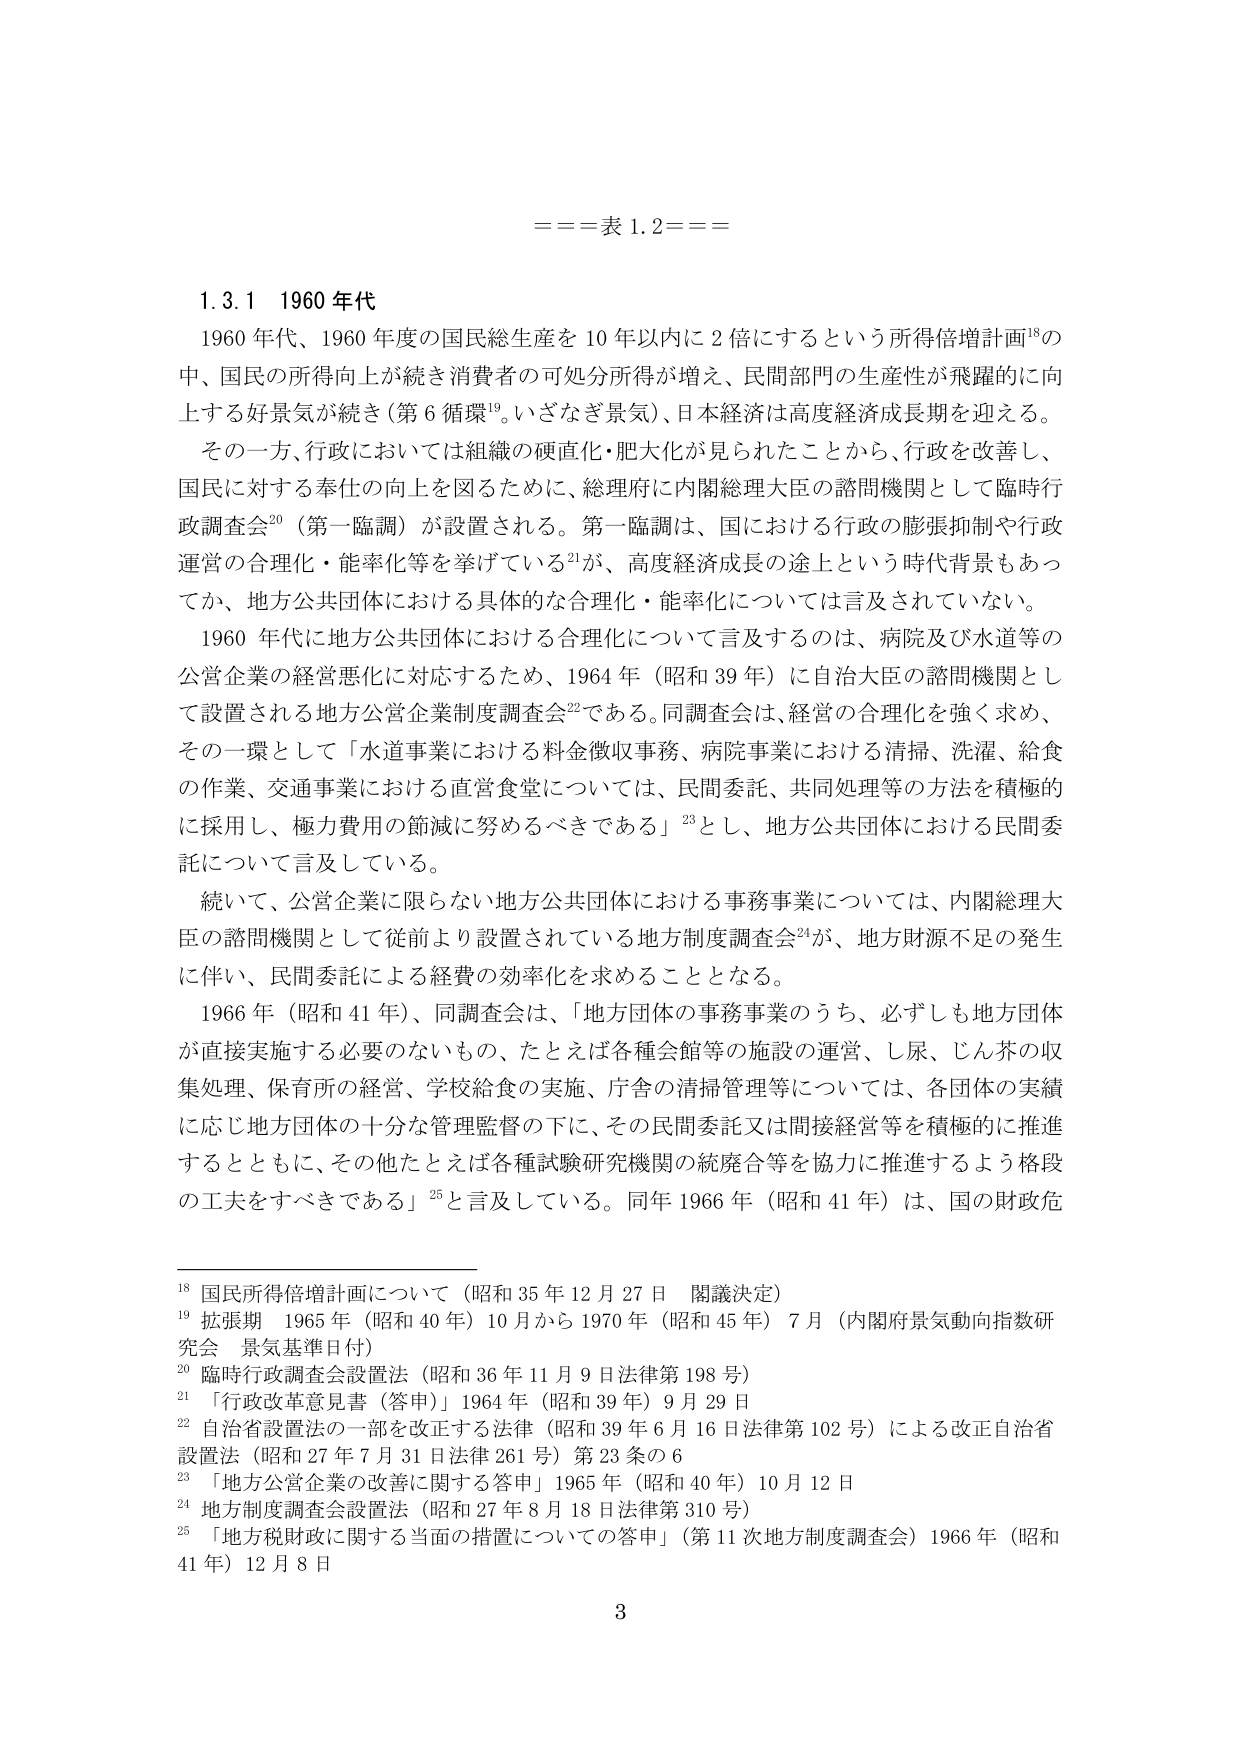
===表 1.2===

1.3.1 1960 年代

1960 年代、1960 年度の国民総生産を 10 年以内に 2 倍にするという所得倍増計画¹⁸の中、国民の所得向上が続き消費者の可処分所得が増え、民間部門の生産性が飛躍的に向上する好景気が続き（第 6 循環¹⁹。いざなぎ景気）、日本経済は高度経済成長期を迎える。

その一方、行政においては組織の硬直化・肥大化が見られたことから、行政を改善し、国民に対する奉仕の向上を図るために、総理府に内閣総理大臣の諮問機関として臨時行政調査会²⁰（第一臨調）が設置される。第一臨調は、国における行政の膨張抑制や行政運営の合理化・能率化等を挙げている²¹が、高度経済成長の途上という時代背景もあってか、地方公共団体における具体的な合理化・能率化については言及されていない。

1960 年代に地方公共団体における合理化について言及するのは、病院及び水道等の公営企業の経営悪化に対応するため、1964 年（昭和 39 年）に自治大臣の諮問機関として設置される地方公営企業制度調査会²²である。同調査会は、経営の合理化を強く求め、その一環として「水道事業における料金徴収事務、病院事業における清掃、洗濯、給食の作業、交通事業における直営食堂については、民間委託、共同処理等の方法を積極的に採用し、極力費用の節減に努めるべきである」²³とし、地方公共団体における民間委託について言及している。

続いて、公営企業に限らない地方公共団体における事務事業については、内閣総理大臣の諮問機関として従前より設置されている地方制度調査会²⁴が、地方財源不足の発生に伴い、民間委託による経費の効率化を求めることとなる。

1966 年（昭和 41 年）、同調査会は、「地方団体の事務事業のうち、必ずしも地方団体が直接実施する必要のないもの、たとえば各種会館等の施設の運営、し尿、じん芥の収集処理、保育所の経営、学校給食の実施、庁舎の清掃管理等については、各団体の実績に応じ地方団体の十分な管理監督の下に、その民間委託又は間接経営等を積極的に推進するとともに、その他たとえば各種試験研究機関の統廃合等を協力に推進するよう格段の工夫をすべきである」²⁵と言及している。同年 1966 年（昭和 41 年）は、国の財政危

¹⁸ 国民所得倍増計画について（昭和 35 年 12 月 27 日 閣議決定）
¹⁹ 拡張期 1965 年（昭和 40 年）10 月から 1970 年（昭和 45 年）7 月（内閣府景気動向指数研究会 景気基準日付）
²⁰ 臨時行政調査会設置法（昭和 36 年 11 月 9 日法律第 198 号）
²¹ 「行政改革意見書（答申）」1964 年（昭和 39 年）9 月 29 日
²² 自治省設置法の一部を改正する法律（昭和 39 年 6 月 16 日法律第 102 号）による改正自治省設置法（昭和 27 年 7 月 31 日法律 261 号）第 23 条の 6
²³ 「地方公営企業の改善に関する答申」1965 年（昭和 40 年）10 月 12 日
²⁴ 地方制度調査会設置法（昭和 27 年 8 月 18 日法律第 310 号）
²⁵ 「地方税財政に関する当面の措置についての答申」（第 11 次地方制度調査会）1966 年（昭和 41 年）12 月 8 日

3